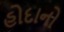
હોદાનો